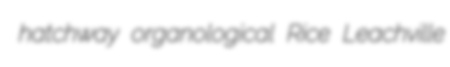
hatchway organological Rice Leachville